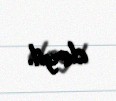
deyil.